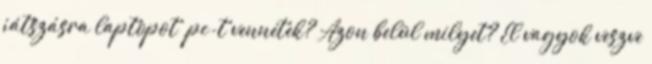
játszásra laptopot pc-t vennétek? Azon belül milyet? El vagyok veszve